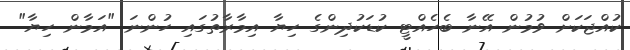
ކުއްޖަކަށް ވުމުން އޭނާ ބެހެއްޓީ ކުޑަކުދިންގެ ހިޔާ އިމާރާތުގައި ހުންނަ "އަމާން ހިޔާ"